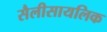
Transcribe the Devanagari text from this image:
सैलीसायलिक